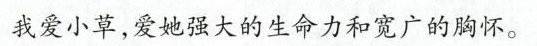
我爱小草，爱她强大的生命力和宽广的胸怀。